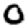
Digit: 0